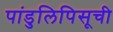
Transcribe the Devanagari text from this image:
पांडुलिपिसूची